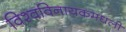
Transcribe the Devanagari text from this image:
विश्वविनायकमधली